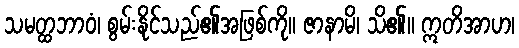
သမတ္ထဘာဝံ၊ စွမ်းနိုင်သည်၏အဖြစ်ကို။ ဇာနာမိ၊ သိ၏။ ဣတိအာဟ၊